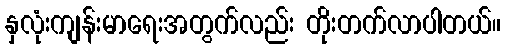
နှလုံးကျန်းမာရေးအတွက်လည်း တိုးတက်လာပါတယ်။